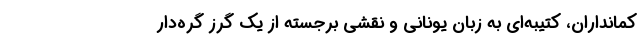
کمانداران، کتیبه‌ای به زبان یونانی و نقشی برجسته از یک گرز گره‌دار